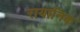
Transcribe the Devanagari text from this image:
रायानिक